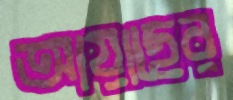
আয়াছের